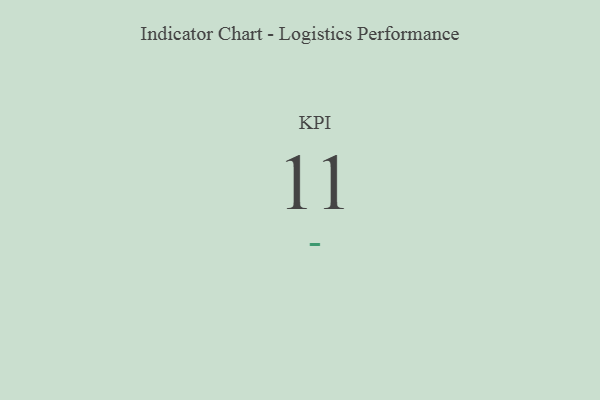
{"axis": {"x": "KPI", "y": "Value"}, "legend": [""], "data": [{"x": "KPI", "y": 11, "type": ""}]}